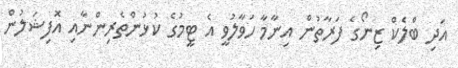
އަދި ބްލެކް ޒިނޯގެ ފަރާތުން އިނާމާ ހަވާލުވީ އެ ޓީމުގެ ކުޅުންތެރިންނާއި އޮފިޝަލުން